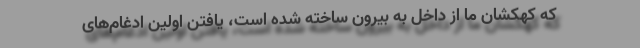
که کهکشان ما از داخل به بیرون ساخته شده است، یافتن اولین ادغام‌های